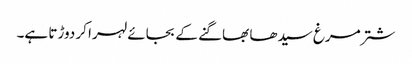
شتر مرغ سیدھا بھاگنے کے بجائے لہرا کر دوڑتا ہے۔